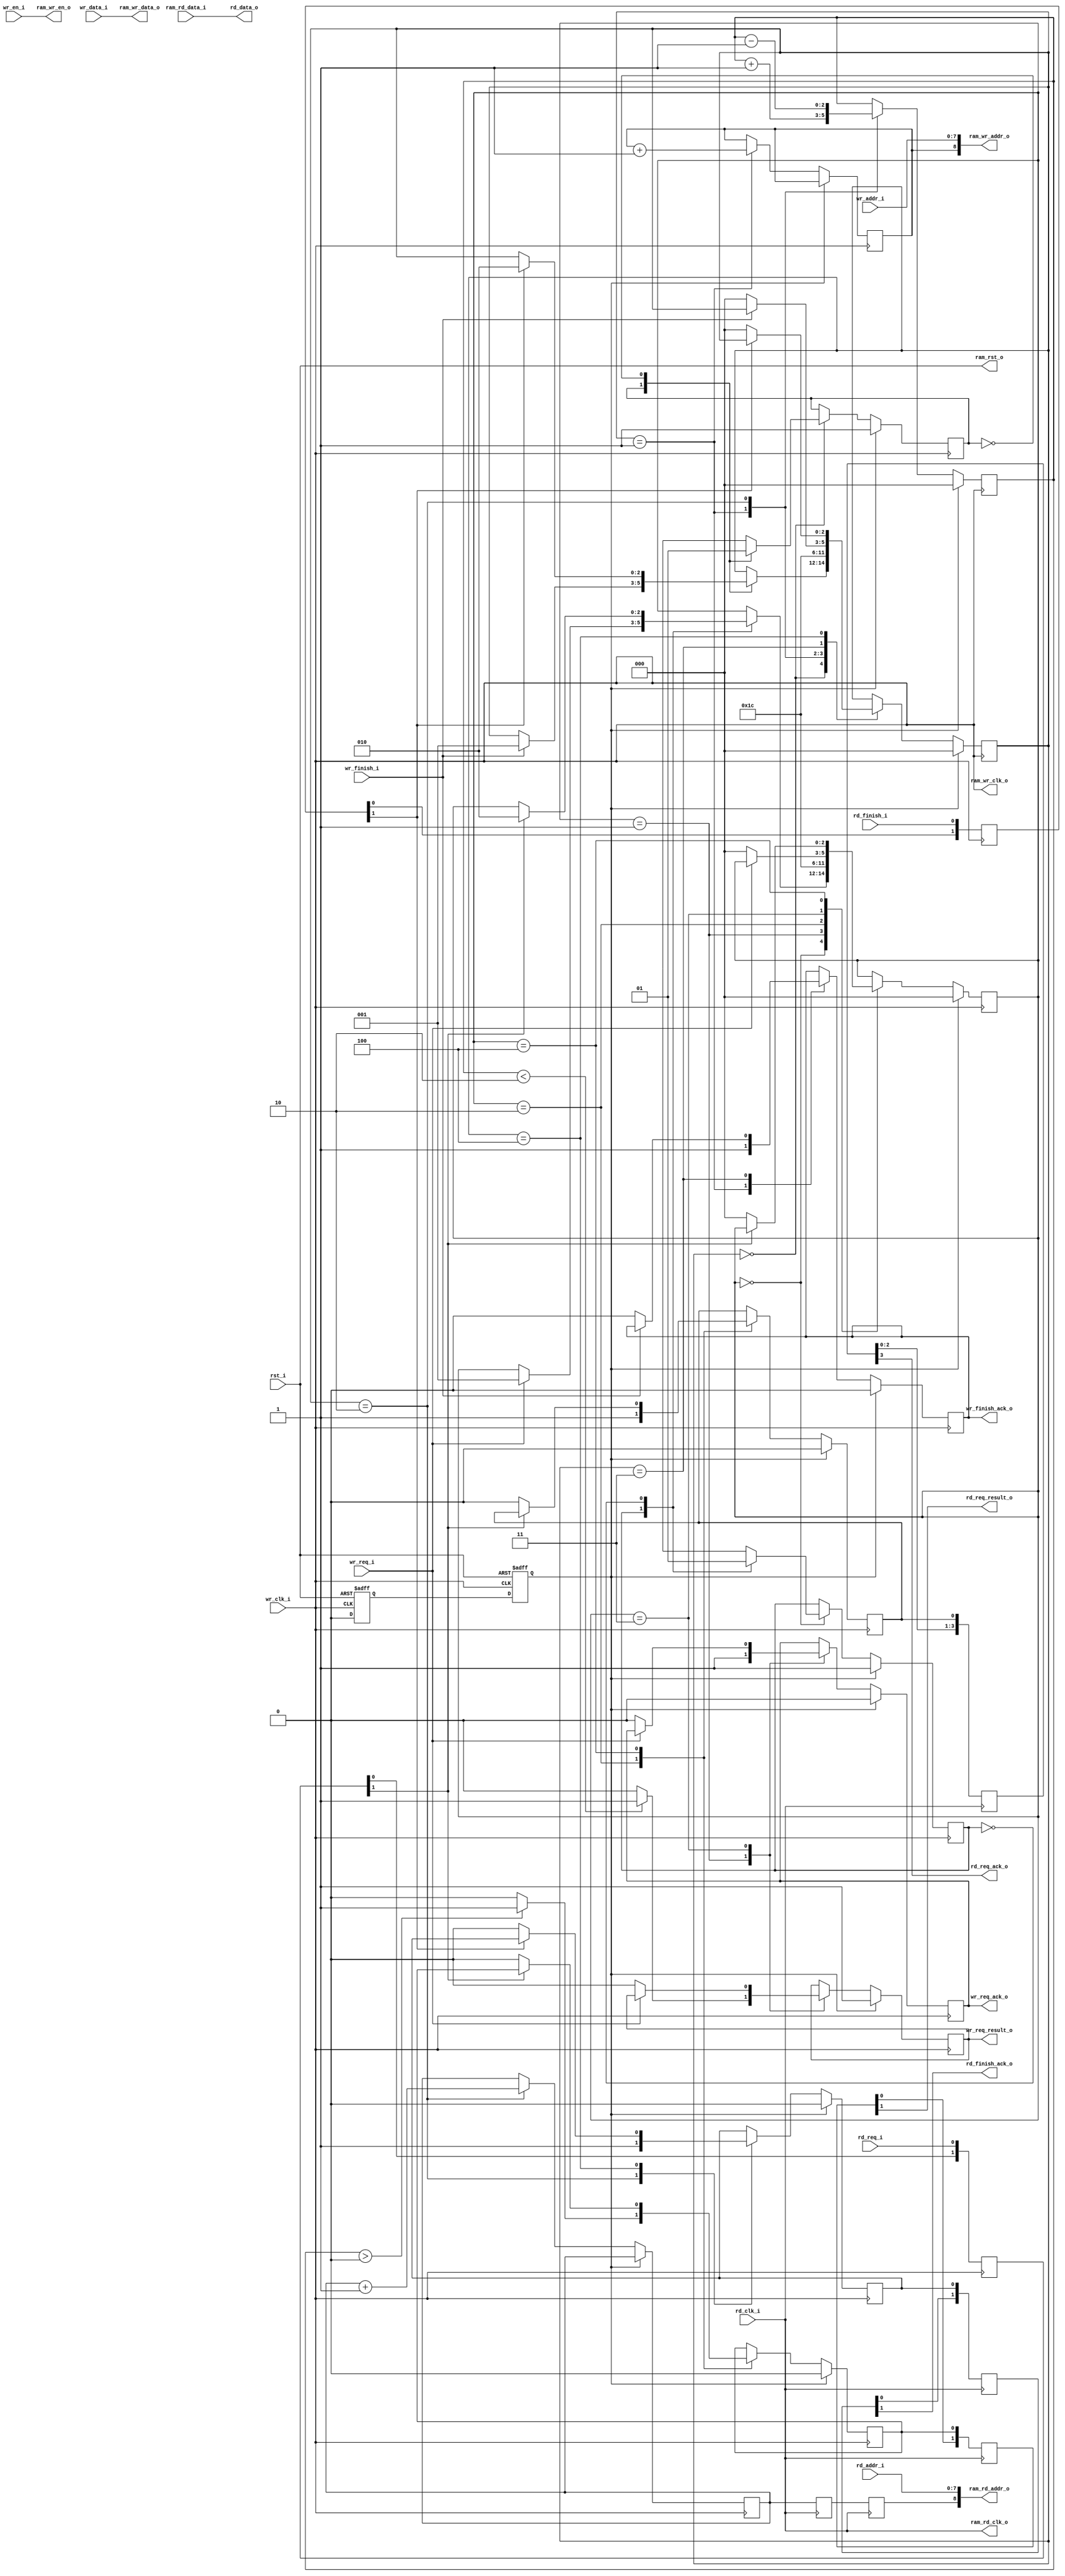
`timescale 1ns / 1ps
//////////////////////////////////////////////////////////////////////////////////
// Company: 
// Engineer: 
// 
// Design Name:
// Module Name:    circular_buffer_controller 
// Project Name:   
// Target Devices: 
// Tool versions: 
// Description: This is a circular buffer controller, or multiple buffers
// controller.
// 
// Dependencies: 
//
// Revision: 
// Revision 0.01 - File Created
// Additional Comments: 
//
//////////////////////////////////////////////////////////////////////////////////

module circular_buffer_controller
#(

	parameter WRITE_DATA_WIDTH = 8,
	parameter WRITE_DATA_DEPTH = 256,
	parameter READ_DATA_WIDTH = 8,
	parameter READ_DATA_DEPTH = 256,
	parameter BUFFER_NUM = 2,

	parameter WRITE_ADDR_WIDTH = log2(WRITE_DATA_DEPTH - 1),
	parameter READ_ADDR_WIDTH = log2(READ_DATA_DEPTH  - 1),
	parameter BUFFER_ADDR_WIDTH = log2(BUFFER_NUM  - 1)

)
(
	input wr_clk_i,
	input rd_clk_i,
	input rst_i, //active high
	//-------Wr interface----------
	input wr_req_i,
	output wr_req_ack_o,
	output wr_req_result_o,
	input wr_finish_i,
	output wr_finish_ack_o,
	input wr_en_i,
	input [WRITE_DATA_WIDTH - 1:0] wr_data_i,
	input [WRITE_ADDR_WIDTH - 1:0] wr_addr_i,
	//------Rd interface----------
	input rd_req_i,
	output rd_req_ack_o,
	output rd_req_result_o,
	input rd_finish_i,
	output rd_finish_ack_o,
	output [READ_DATA_WIDTH - 1:0] rd_data_o,
	input [READ_ADDR_WIDTH - 1:0] rd_addr_i,
	//-----RAM interface---------
	output ram_wr_clk_o,
	output ram_rd_clk_o,
	output ram_rst_o,
	output ram_wr_en_o,
	output [WRITE_DATA_WIDTH - 1:0] ram_wr_data_o,
	output [WRITE_ADDR_WIDTH + BUFFER_ADDR_WIDTH - 1:0] ram_wr_addr_o,
	input [READ_DATA_WIDTH - 1:0] ram_rd_data_i,
	output [READ_ADDR_WIDTH + BUFFER_ADDR_WIDTH - 1:0] ram_rd_addr_o

);
function integer log2 (input integer bd);
	integer bit_depth;
	begin
		bit_depth = bd;
		for(log2=0; bit_depth>0; log2=log2 + 1)
			bit_depth = bit_depth >> 1;
	end
endfunction

reg [BUFFER_ADDR_WIDTH - 1:0] wr_cnt = {BUFFER_ADDR_WIDTH{1'b0}};
reg [BUFFER_ADDR_WIDTH - 1:0] rd_cnt = {BUFFER_ADDR_WIDTH{1'b0}};

//-----------reset------------------
reg wr_rst0 = 1'b1;
reg wr_rst1 = 1'b1;
reg rd_rst0 = 1'b1;
reg rd_rst1 = 1'b1;

always@(posedge wr_clk_i or posedge rst_i)
begin
	if(rst_i)
	begin
		wr_rst0 <= 1'b1;
		wr_rst1 <= 1'b1;
	end
	else
	begin
		wr_rst0 <= 1'b0;
		wr_rst1 <= wr_rst0;
	end
end

always@(posedge rd_clk_i or posedge rst_i)
begin
	if(rst_i)
	begin
		rd_rst0 <= 1'b1;
		rd_rst1 <= 1'b1;
	end
	else
	begin
		rd_rst0 <= 1'b0;
		rd_rst1 <= rd_rst0;
	end
end
//------------------temp signals-------------------
reg tmp_wr_req_ack     = 1'b0;
reg tmp_rd_req_ack     = 1'b0;
reg tmp_wr_req_result  = 1'b1;  //buffer
reg tmp_rd_req_result  = 1'b0;    //buffer
reg tmp_wr_finish_ack  = 1'b0;
reg tmp_rd_finish_ack  = 1'b0;


//------------for rd clk synchronizing-----------------
reg [1:0]rd_req;
reg [3:0]rd_req_ack;
reg [1:0]rd_req_result;
reg [1:0]rd_finish;
reg [1:0]rd_finish_ack;
reg [BUFFER_ADDR_WIDTH - 1:0] rd_addr_buf0;
reg [BUFFER_ADDR_WIDTH - 1:0] rd_addr_buf1;

//-------------------requst_fsm--------------------
localparam REQ_IDLE         = 3'd0;
localparam REQ_WR_BUF_JUDGE = 3'd1;
localparam REQ_RD_BUF_JUDGE = 3'd2;
localparam REQ_WR_BUF       = 3'd3;
localparam REQ_RD_BUF       = 3'd4;

reg[2:0] req_state = REQ_IDLE;
localparam BUF_IDLE                = 3'd0;
localparam BUF_WR_JUDGE            = 3'd1;
localparam BUF_RD_JUDGE            = 3'd2;
localparam BUF_WR_WAIT_FINISH_ZERO = 3'd3;
localparam BUF_RD_WAIT_FINISH_ZERO = 3'd4;


reg [2:0] buf_state = BUF_IDLE;
localparam RD = 1'b0,
		   WR = 1'b1;

reg priority = WR;

reg [BUFFER_ADDR_WIDTH+1:0] full_buf_cnt = 'd0;
always@(posedge wr_clk_i)
begin
	if(wr_rst1)
	begin
		req_state <= REQ_IDLE;
		tmp_wr_req_ack     <= 1'b0;
		tmp_rd_req_ack     <= 1'b0;
		tmp_wr_req_result  <= 1'b1;
		tmp_rd_req_result  <= 1'b0;
		priority           <= WR;

	end
	else
	begin
		case(req_state)
			REQ_IDLE:begin
				case(priority)
					WR:begin
						priority <= RD;
						if(wr_req_i) //buffer
							req_state <= REQ_WR_BUF_JUDGE;
					end
					RD:begin
						priority <= WR;
						if(rd_req[1]) //buffer
							req_state <= REQ_RD_BUF_JUDGE;
					end
				endcase
			end
			REQ_WR_BUF_JUDGE:begin
				tmp_wr_req_ack <= 1'b1;
				req_state <= REQ_WR_BUF;
				if(full_buf_cnt < BUFFER_NUM) //buffer
					tmp_wr_req_result  <= 1'b1;  //buffer
				else
				begin
					tmp_wr_req_result  <= 1'b0;  //buffer

				end
			end
			REQ_RD_BUF_JUDGE:begin
				tmp_rd_req_ack <= 1'b1;
				req_state <= REQ_RD_BUF;
				if(full_buf_cnt >  'd0)   //buffer
					tmp_rd_req_result  <= 1'b1; //buffer
				else
				begin
					tmp_rd_req_result  <= 1'b0; //buffer

				end
			end
			REQ_WR_BUF:begin
				if(!wr_req_i)
				begin
					tmp_wr_req_ack <= 1'b0;
					req_state <= REQ_IDLE;
					tmp_wr_req_result <= 1'b0;
				end
			end
			REQ_RD_BUF:begin
				if(!rd_req[1])
				begin
					tmp_rd_req_ack <= 1'b0;
					req_state <= REQ_IDLE;
					tmp_rd_req_result <= 1'b0;
				end
			end
		endcase
	end
end


reg buf_priority = WR;
always @(posedge wr_clk_i)
begin
	if(wr_rst1)
	begin
		full_buf_cnt       <= 'd0;
		buf_state         <= BUF_IDLE;
		tmp_wr_finish_ack <= 1'b0;
		tmp_rd_finish_ack <= 1'b0;
		buf_priority <= WR;
	end
	else
	begin
		case(buf_state)
			BUF_IDLE:begin
				case(buf_priority)
					WR:begin
						buf_priority <= RD;
						if(wr_finish_i)
						begin //buffer
							buf_state          <= BUF_WR_JUDGE;
						end
					end
					RD:begin
						buf_priority <= WR;
						if(rd_finish[1])
						begin //buffer
							buf_state          <= BUF_RD_JUDGE;
						end
					end
				endcase
			end
			BUF_WR_JUDGE: begin
				tmp_wr_finish_ack <= 1'b1;
				buf_state         <= BUF_WR_WAIT_FINISH_ZERO;
				full_buf_cnt     <= full_buf_cnt + 'd1; //buffer
				//buffer1
				if(wr_cnt == BUFFER_NUM)
					wr_cnt <= 'd0;
				else
					wr_cnt <= wr_cnt + 'd1;
			end
			BUF_RD_JUDGE: begin
				tmp_rd_finish_ack <= 1'b1;
				buf_state         <= BUF_RD_WAIT_FINISH_ZERO;
				full_buf_cnt     <= full_buf_cnt - 'd1; //buffer
				//buffer1
				if(rd_cnt == BUFFER_NUM)
					rd_cnt <= 'd0;
				else
					rd_cnt <= rd_cnt + 'd1;
			end
			BUF_WR_WAIT_FINISH_ZERO: begin
				if(!wr_finish_i)
				begin
					tmp_wr_finish_ack <= 1'b0;
					buf_state         <= BUF_IDLE;
				end
			end
			BUF_RD_WAIT_FINISH_ZERO: begin
				if(!rd_finish[1])
				begin
					tmp_rd_finish_ack <= 1'b0;
					buf_state         <= BUF_IDLE;
				end
			end
		endcase
	end
end

//---------------------rd clk domain synchronizer--------------

always@(posedge wr_clk_i)
begin
	rd_req[0] <= rd_req_i;
	rd_req[1] <= rd_req[0];
	rd_finish[0] <= rd_finish_i;
	rd_finish[1] <= rd_finish[0];
end

always@(posedge rd_clk_i)
begin
	rd_req_ack[0] <= tmp_rd_req_ack;
	rd_req_ack[1] <= rd_req_ack[0];
	rd_req_ack[2] <= rd_req_ack[1];
	rd_req_ack[3] <= rd_req_ack[2];

	rd_req_result[0] <= tmp_rd_req_result;
	rd_req_result[1] <= rd_req_result[0];

	rd_finish_ack[0] <= tmp_rd_finish_ack;
	rd_finish_ack[1] <= rd_finish_ack[0];

	rd_addr_buf0 <= rd_cnt;
	rd_addr_buf1 <= rd_addr_buf0;
end


assign wr_req_ack_o = tmp_wr_req_ack;
assign wr_req_result_o = tmp_wr_req_result;
assign wr_finish_ack_o = tmp_wr_finish_ack;

assign rd_req_ack_o = rd_req_ack[3];
assign rd_req_result_o = rd_req_result[1];
assign rd_finish_ack_o = rd_finish_ack[1];

assign ram_wr_clk_o = wr_clk_i;
assign ram_rd_clk_o = rd_clk_i;
assign ram_rst_o = rst_i;

assign ram_wr_en_o = wr_en_i;
assign ram_wr_data_o = wr_data_i;
assign ram_wr_addr_o = {wr_cnt, wr_addr_i};

assign rd_data_o = ram_rd_data_i;
assign ram_rd_addr_o = {rd_addr_buf1, rd_addr_i};
endmodule